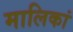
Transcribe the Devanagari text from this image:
मालिकां